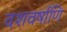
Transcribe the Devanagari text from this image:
दशवर्षाणि